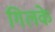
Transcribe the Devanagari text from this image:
गिलके